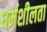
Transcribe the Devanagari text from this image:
धर्मशीलता